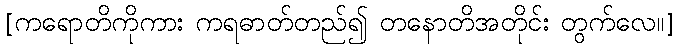
[ကရောတိကိုကား ကရဓာတ်တည်၍ တနောတိအတိုင်း တွက်လေ။]